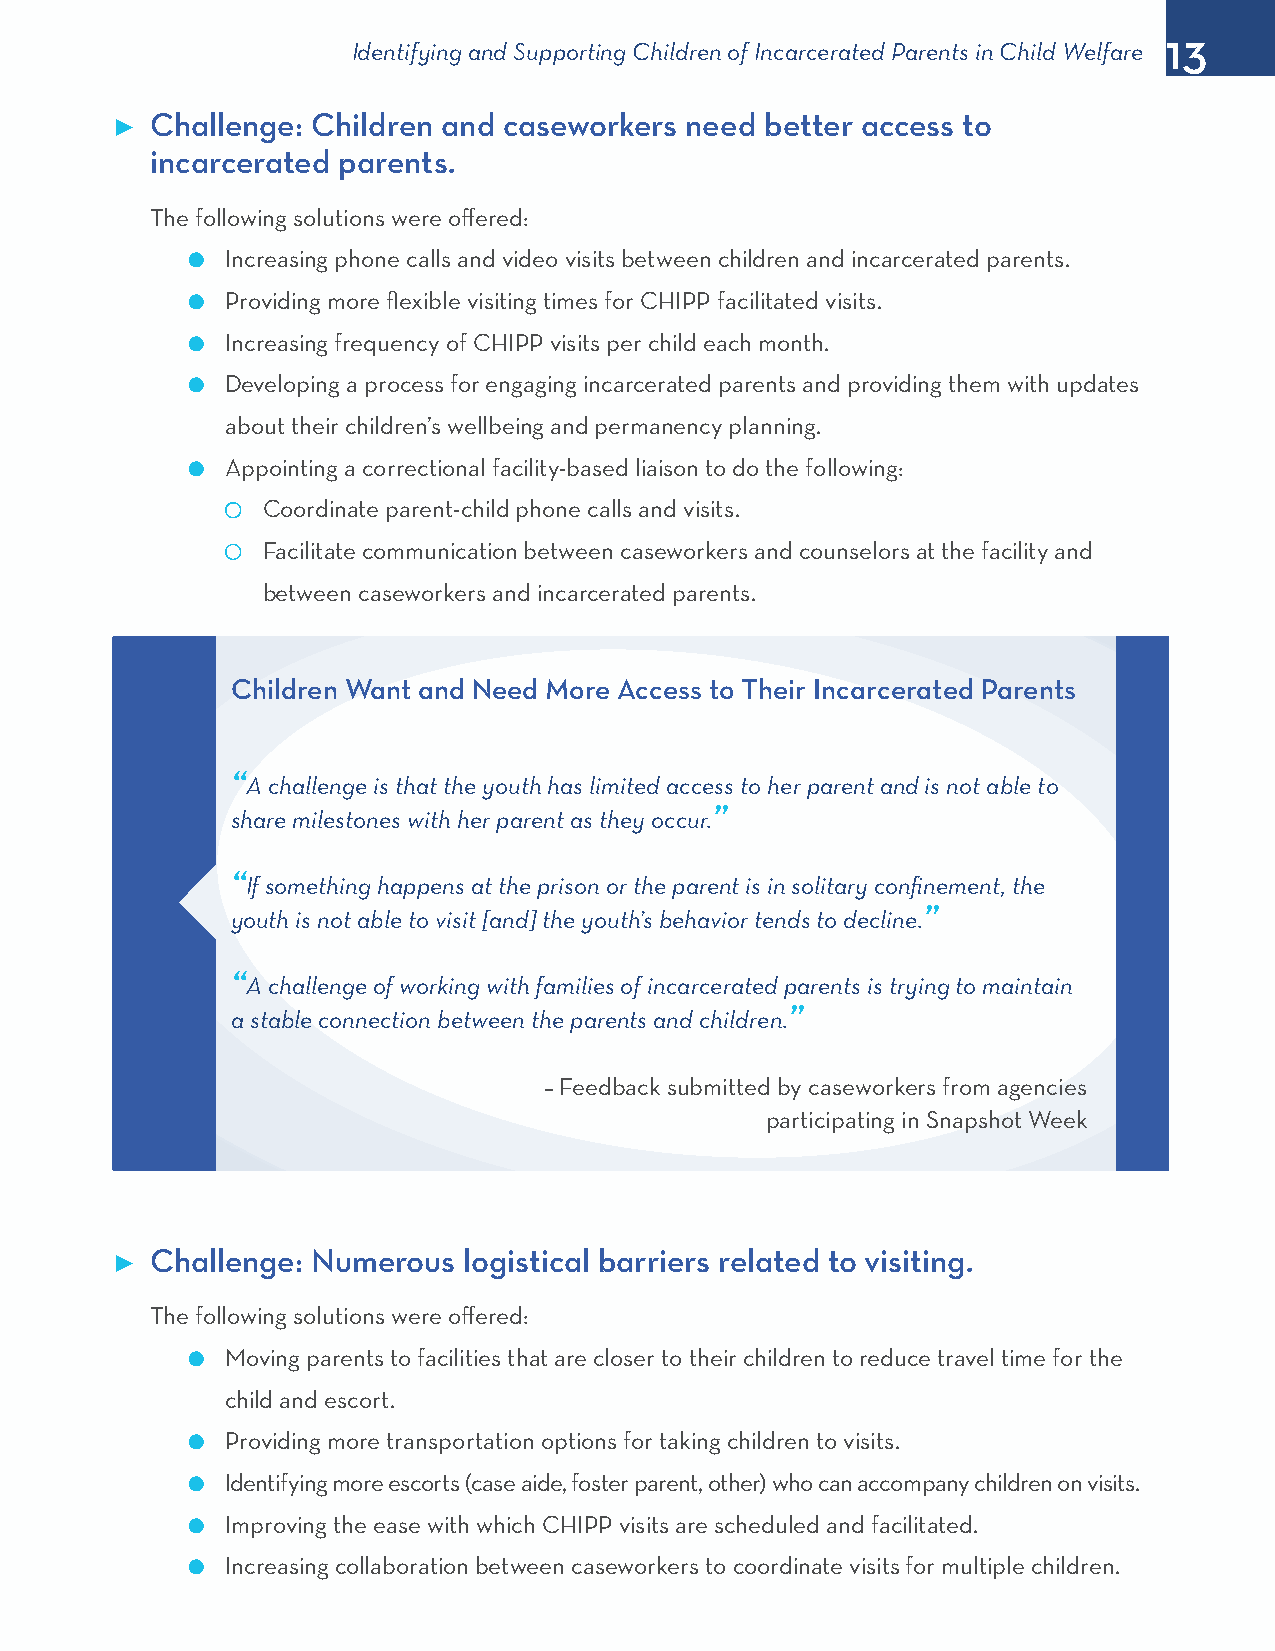
13
 Identifying and Supporting Children of Incarcerated Parents in Child Welfare
 Challenge: Children and caseworkers need better access to
 ►
 incarcerated parents.
 The following solutions were offered:
 l  Increasing phone calls and video visits between children and incarcerated parents.
 l  Providing more flexible visiting times for CHIPP facilitated visits.
 l  Increasing frequency of CHIPP visits per child each month.
 l  Developing a process for engaging incarcerated parents and providing them with updates
 about their children’s wellbeing and permanency planning.
 l  Appointing a correctional facility-based liaison to do the following:
 Coordinate parent-child phone calls and visits.
 Facilitate communication between caseworkers and counselors at the facility and
 between caseworkers and incarcerated parents.
 Children Want and Need More Access to Their Incarcerated Parents
 “A challenge is that the youth has limited access to her parent and is not able to
 share milestones with her parent as they occur.”
 “If something happens at the prison or the parent is in solitary confinement, the
 youth is not able to visit [and] the youth’s behavior tends to decline.”
 “A challenge of working with families of incarcerated parents is trying to maintain
 a stable connection between the parents and children.”
 – Feedback submitted by caseworkers from agencies
 participating in Snapshot Week
 Challenge: Numerous  logistical barriers related to visiting.
 ►
 The following solutions were offered:
 l  Moving parents to facilities that are closer to their children to reduce travel time for the
 child and escort.
 l  Providing more transportation options for taking children to visits.
 l  Identifying more escorts (case aide, foster parent, other) who can accompany children on visits.
 l  Improving the ease with which CHIPP visits are scheduled and facilitated.
 l  Increasing collaboration between caseworkers to coordinate visits for multiple children.